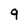
Character: 9